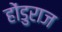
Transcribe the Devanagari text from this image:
होंडुराज